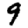
Digit: 9